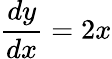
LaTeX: {\frac{dy}{dx}}=2x